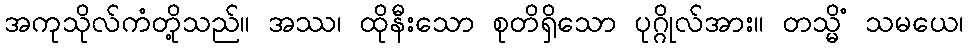
အကုသိုလ်ကံတို့သည်။ အဿ၊ ထိုနီးသော စုတိရှိသော ပုဂ္ဂိုလ်အား။ တသ္မိံ သမယေ၊